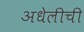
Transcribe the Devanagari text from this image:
अधेलीची